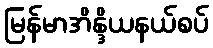
မြန်မာအိန္ဒိယနယ်စပ်